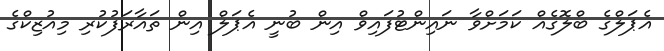
އެޕަލްގެ ބްލޮގެއް ކަމަށްވާ ނައިންޓުފައިވް އިން ބުނީ އެޕަލް އިން ތައާރަފުކުރި މިއުޒިކްގެ